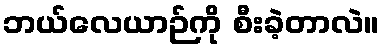
ဘယ်လေယာဉ်ကို စီးခဲ့တာလဲ။